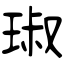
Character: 琡